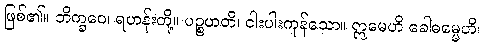
ဖြစ်၏။ ဘိက္ခဝေ၊ ရဟန်းတို့။ ပဉ္စဟတိ၊ ငါးပါးကုန်သော။ ဣမေဟိ ခေါဓမ္မေဟိ၊